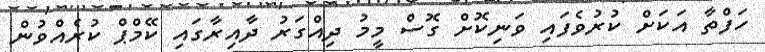
ހަފްތާ އަކަށް ކުރުވެފައި ވަނިކޮށް ގޮސް މީމު ދިއްގަރު ދާއިރާގައި ކޭމްޕް ކުރެއްވުން